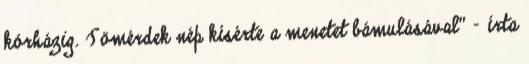
kórházig. Tömérdek nép kísérte a menetet bámulásával” – írta